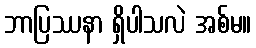
ဘာပြဿနာ ရှိပါသလဲ အစ်မ။